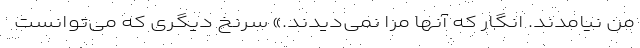
من نیامدند. انگار که آنها مرا نمی‌دیدند.» سرنخ دیگری که می‌توانست